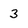
Character: 3